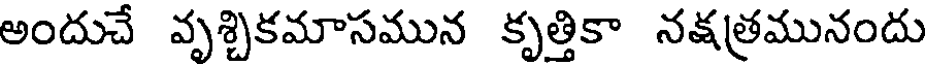
అందుచే వృశ్చికమాసమున కృత్తికా నక్షత్రమునందు